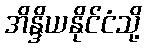
အိန္ဒိယနိုင်ငံသို့